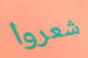
شعروا